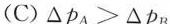
(C) ΔP_{A} > ΔP_{B}